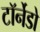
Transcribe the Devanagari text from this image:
टॉर्नेडो